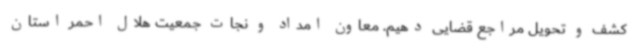
کشف و تحویل مراجع قضایی دهیم. معاون امداد و نجات جمعیت هلال احمر استان